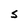
Character: S